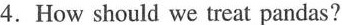
4.How should we treat pandas?